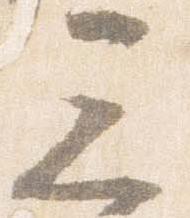
三